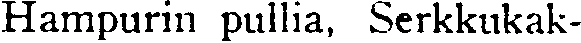
Hampurin pullia, Serkkukak-